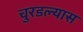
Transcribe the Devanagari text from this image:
चुरडल्यास